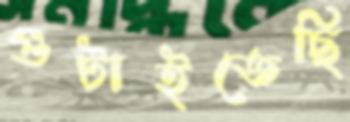
গুটাইতেছি